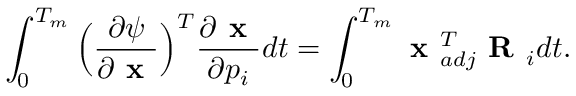
\int _ { 0 } ^ { T _ { m } } \Big ( \frac { \partial \psi } { \partial \textbf { x } } \Big ) ^ { T } \frac { \partial \textbf { x } } { \partial p _ { i } } d t = \int _ { 0 } ^ { T _ { m } } \textbf { x } _ { a d j } ^ { T } \textbf { R } _ { i } d t .